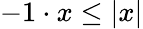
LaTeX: -1\cdot x\leq|x|